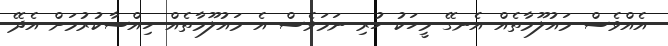
އެއްވެސް މައުލޫމާތެއް އެނގޭ މީހަކު ހުރި ނަމަވެސް އެ މައުލޫމާތެއް ހިއްސާކުރުމަށް އެދޭ